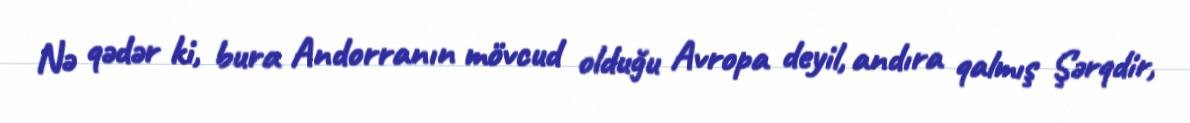
Nə qədər ki, bura Andorranın mövcud olduğu Avropa deyil, andıra qalmış Şərqdir,